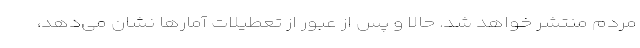
مردم منتشر خواهد شد. حالا و پس از عبور از تعطیلات آمارها نشان می‌دهد،